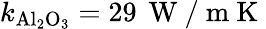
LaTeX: k_{\mathrm{Al_{2}O_{3}}}=29\, \mathrm{~W~/~m~K~}